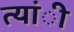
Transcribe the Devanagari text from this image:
त्यांी